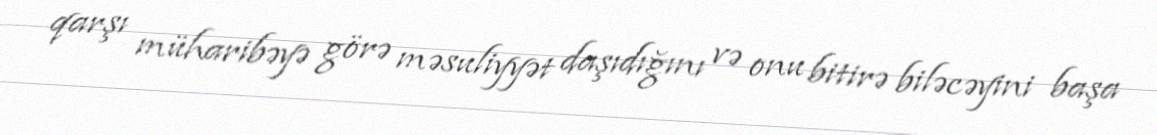
qarşı müharibəyə görə məsuliyyət daşıdığını və onu bitirə biləcəyini başa